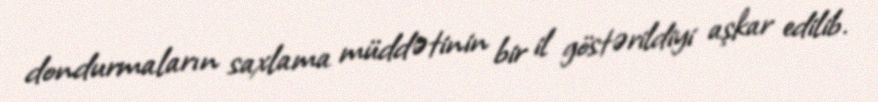
dondurmaların saxlama müddətinin bir il göstərildiyi aşkar edilib.